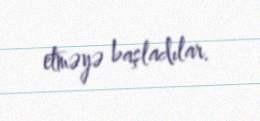
etməyə başladılar.